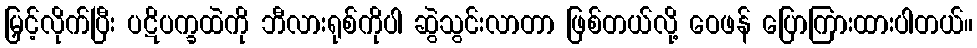
မြှင့်လိုက်ပြီး ပဋိပက္ခထဲကို ဘီလားရုစ်ကိုပါ ဆွဲသွင်းလာတာ ဖြစ်တယ်လို့ ဝေဖန် ပြောကြားထားပါတယ်။